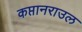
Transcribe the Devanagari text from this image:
कप्तानराउल